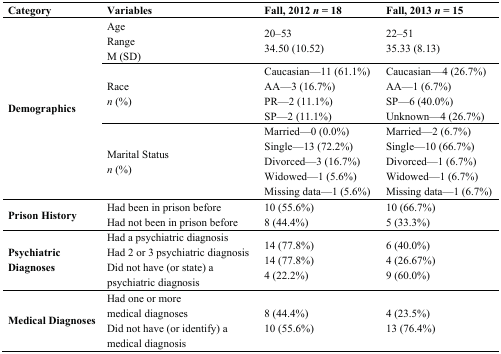
| Category | Variables | Fall, 2012 n = 18 | Fall, 2013 n = 15 |
 | --- | --- | --- | --- |
 | <ROWSPAN=3> Demographics | Age Range M (SD) | 20–53 34.50 (10.52) | 22–51 35.33 (8.13) |
 | Race n (%) | Caucasian—11 (61.1%) AA—3 (16.7%) PR—2 (11.1%) SP—2 (11.1%) | Caucasian—4 (26.7%) AA—1 (6.7%) SP—6 (40.0%) Unknown—4 (26.7%) |
 | Marital Status n (%) | Married—0 (0.0%) Single—13 (72.2%) Divorced—3 (16.7%) Widowed—1 (5.6%) Missing data—1 (5.6%) | Married—2 (6.7%) Single—10 (66.7%) Divorced—1 (6.7%) Widowed—1 (6.7%) Missing data—1 (6.7%) |
 | Prison History | Had been in prison before Had not been in prison before | 10 (55.6%) 8 (44.4%) | 10 (66.7%) 5 (33.3%) |
 | Psychiatric Diagnoses | Had a psychiatric diagnosis Had 2 or 3 psychiatric diagnosis Did not have (or state) a psychiatric diagnosis | 14 (77.8%) 14 (77.8%) 4 (22.2%) | 6 (40.0%) 4 (26.67%) 9 (60.0%) |
 | Medical Diagnoses | Had one or more medical diagnoses Did not have (or identify) a medical diagnosis | 8 (44.4%) 10 (55.6%) | 4 (23.5%) 13 (76.4%) |